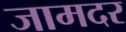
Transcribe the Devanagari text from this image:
जामदर